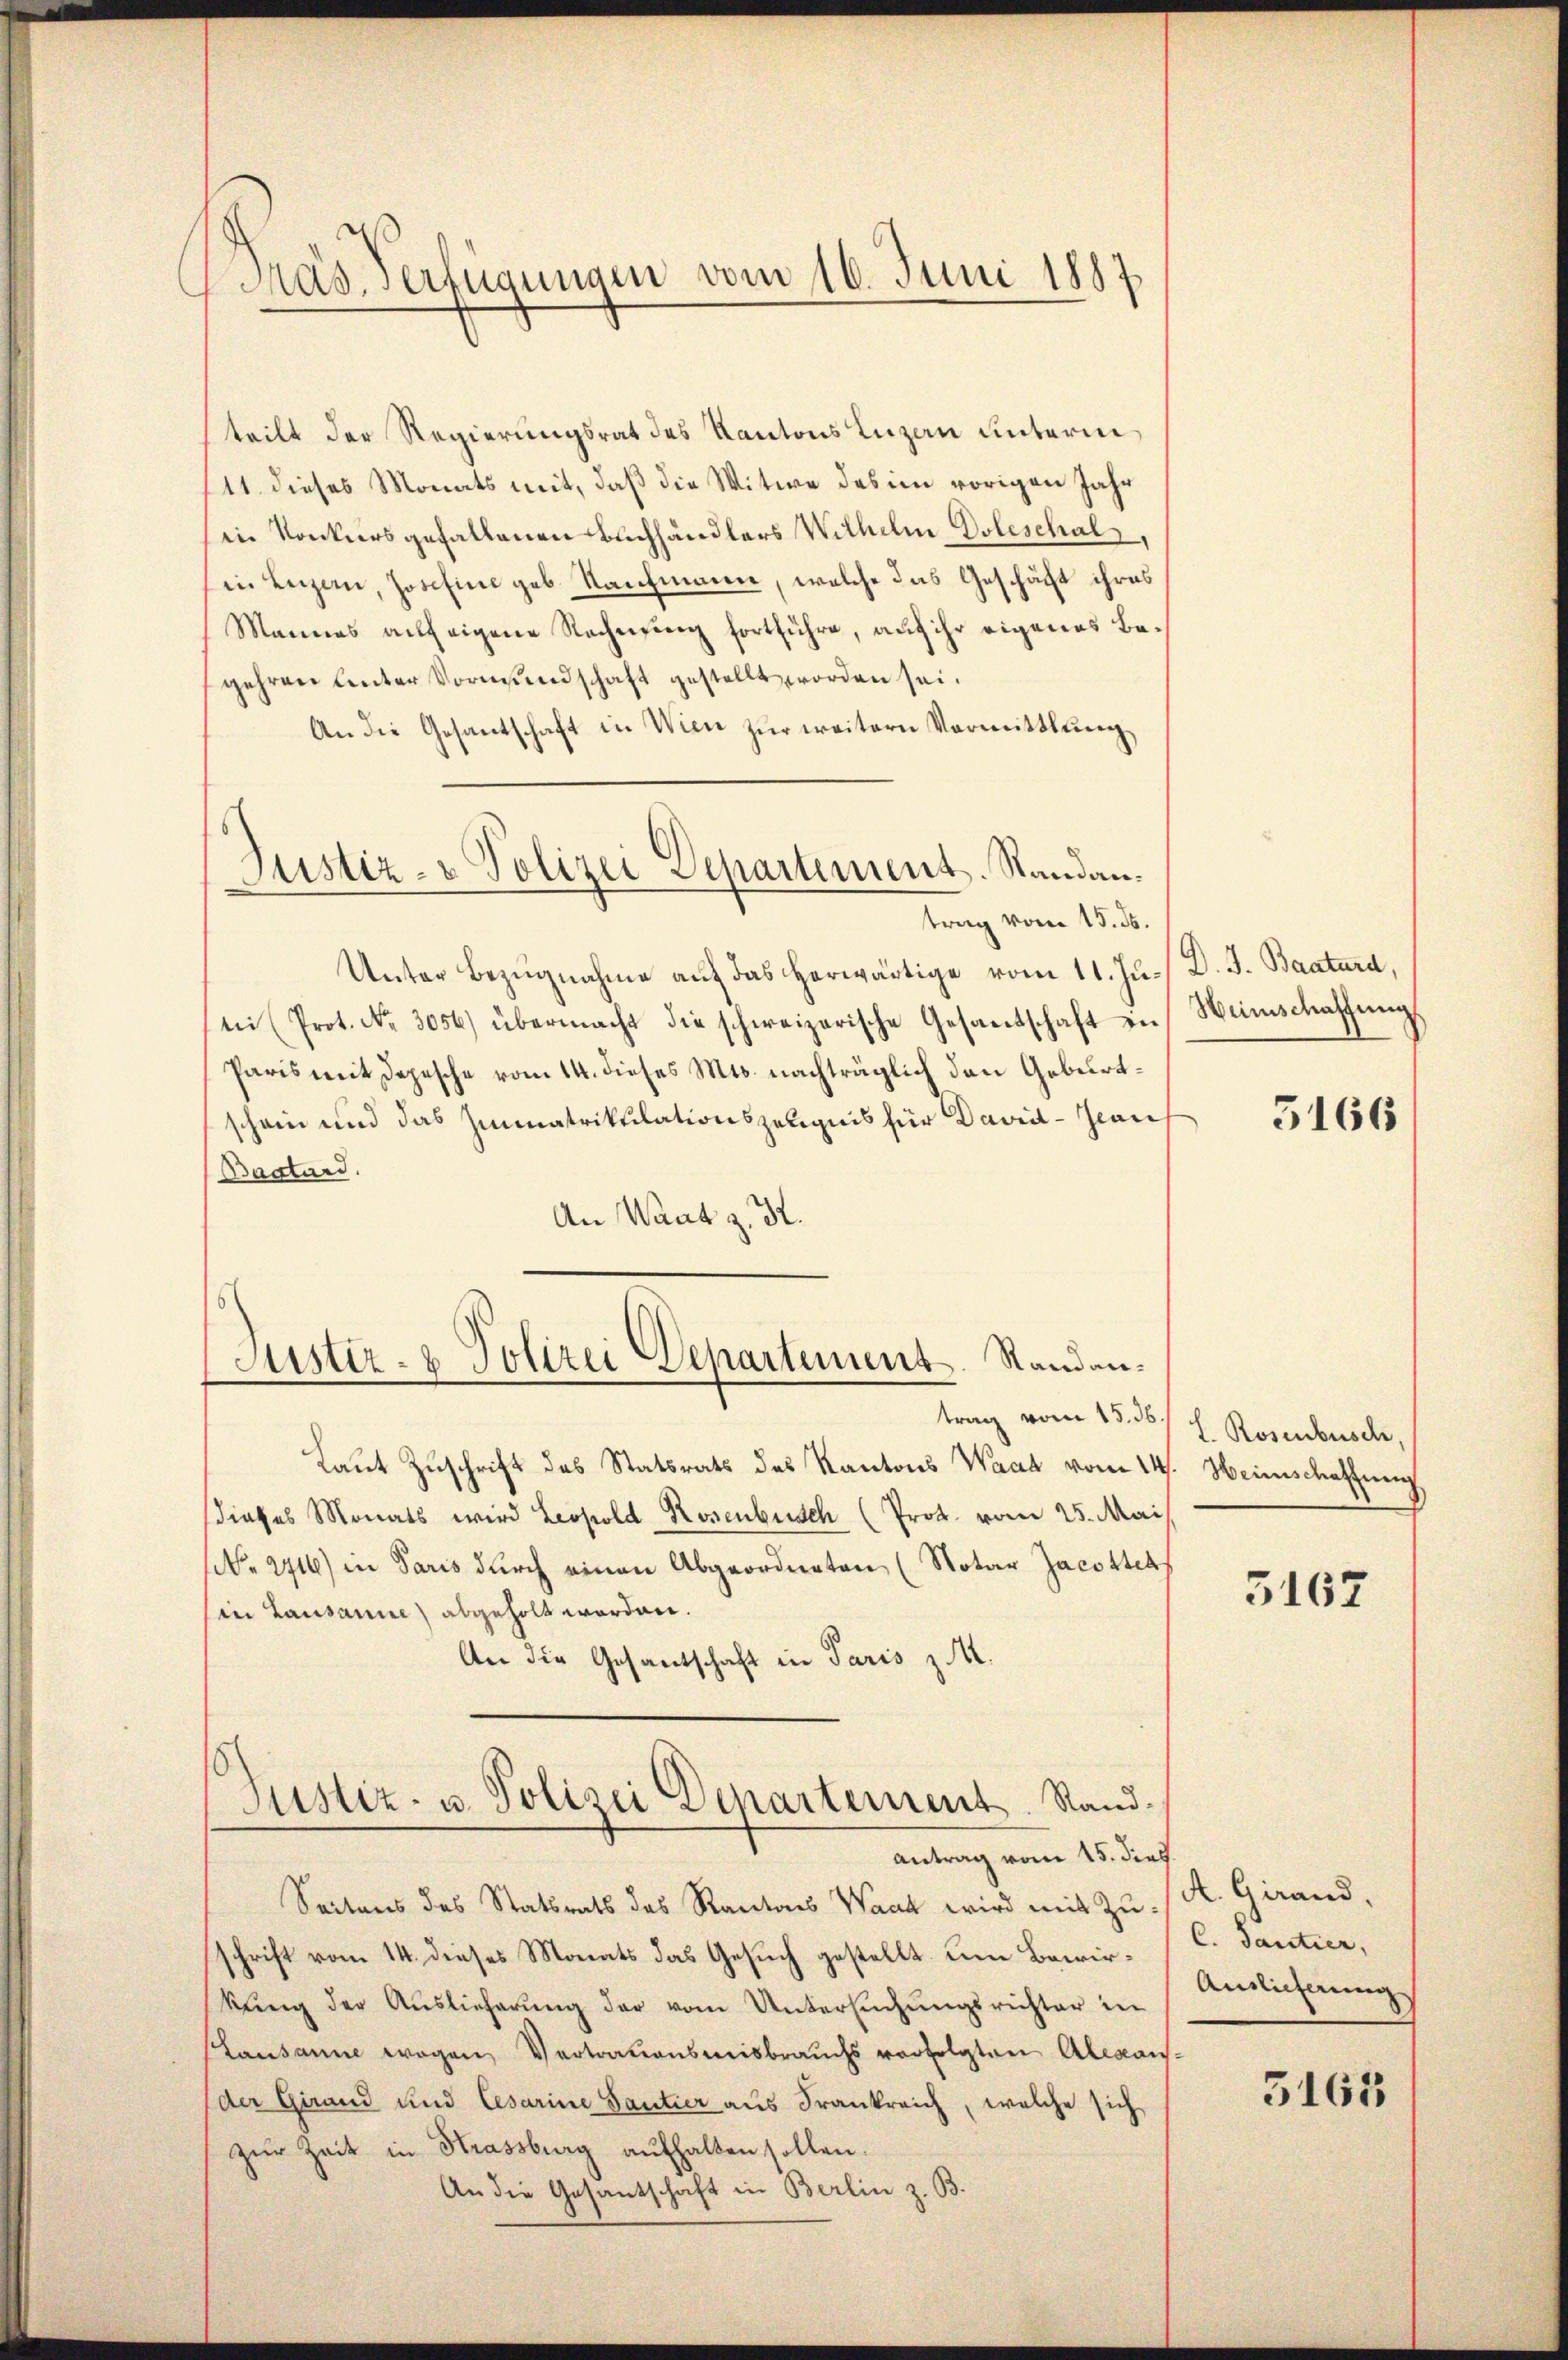
Mas Verfügungen vom 16. Juni 1887

teilt der Regierungsrat des Kantons Luzen unterm
11. dieses Monats mit, daß die Witwe des im vorigen Jahr
in Konkursgefallenen Buchhändlers Wilhelm Doleschal
in Luzern, Josefine geb. Nachmann, welche das Geschäft ihres
Mannes aufeigene Rechnung fortführe, auf ihr eigenes Begehren Unter Vormundschaft gestellt worden sei.
An die Gesantschaft in Wien zŭr weitern Vormittlung,
Justiz- & Polizei Departement. Standantrag vom 15. ds.
Unter Bezugnahme auf das herwärtige vom 11. Juni (Prot. No. 3056) übermacht die schweizerische Gesandschaft in Weinschaffŭng
Paris mit Depesche vom 14. dieses Mts. nachträglich den Geburtschein und das Immatrikulationszeugnis für Davril-Jeaus
Baatard.
An Waadt z. K.

Justiz- & Polizei Departement. Standan¬

Laut Zuschrift des Statsrats des Kantons Waat vom 14. Heimschaffung
dieses Monats wird Leopold Rosenbusch (Prot. vom 25. Mai
(Nr. 241) in Paris durch einen Abgeordneten (Notar Jacotters
(in Lausanne) abgeholt worden.
An die Gesantschaft in Paris z. M.
Justiz- u. Polizei Departement. Sand¬

Antrag vom 15. dies

trag vom 15. 36 f. Rosenbusch,

Seitens des Statsrats des Rantons Waad wird mit Zu- / K. Girand,
schrift vom 14. dieses Monats das Gesuch gestellt um Bewirkŭng der Aŭslieferŭng der vom Untersŭchŭngsrichter in Einlicherŭng
Lausanne wegen Vertrauensmisbrauchs verfolgten Alexander Girand und Cesarine Santier aus Frankreich, welche sich
zŭr Zeit in Strassburg aufhalten sollen.
An die Gesantschaft in Berlin z. B.

D. J. Baatura,

5166

3167

C. Tantier,

5163